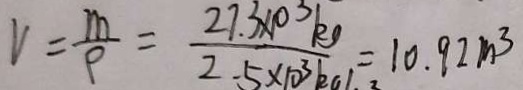
V = \frac { m } { \rho } = \frac { 2 7 . 3 \times 1 0 ^ { 3 } k g } { 2 . 5 \times 1 0 ^ { 3 } k g } = 1 0 . 9 2 m ^ { 3 }